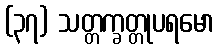
(၃၇) သတ္တက္ခတ္တုပရမော